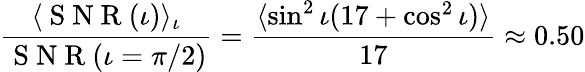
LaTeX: \frac{\langle\mathrm{~S~N~R~}(\iota)\rangle_{\iota}}{\mathrm{~S~N~R~}(\iota=\pi/2)}=\frac{\langle\sin^{2}\iota(17+\cos^{2}\iota)\rangle}{17}\approx 0.50